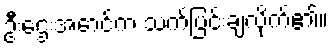
ဦးဌေးအောင်က သက်ပြင်းချလိုက်၏။